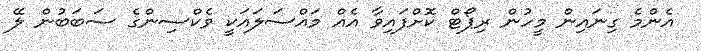
އެންމެ ގިނައިން މީހުން ރިޕޯޓް ކޮށްފައިވާ އެއް މައްސަލައަކީ ވެކްސިންގެ ސަބަބުން ލޭ